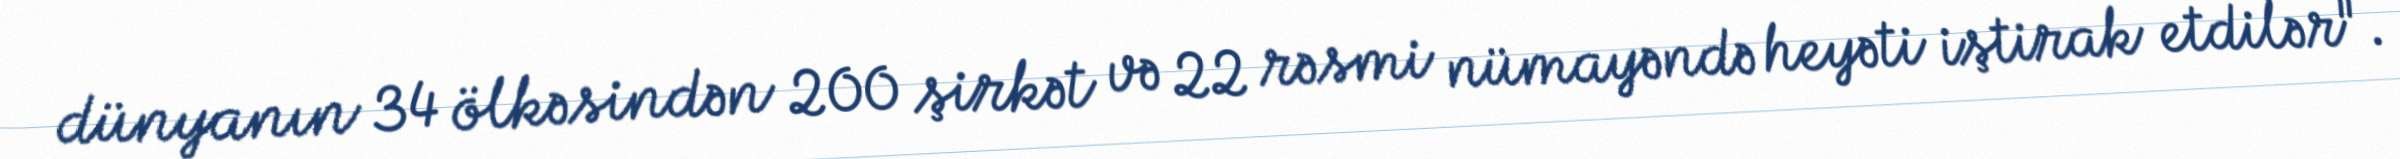
dünyanın 34 ölkəsindən 200 şirkət və 22 rəsmi nümayəndə heyəti iştirak etdilər".